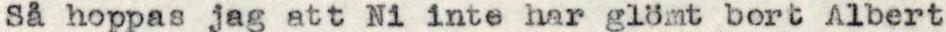
Så hoppas jag att Ni inte har glömt bort Albert